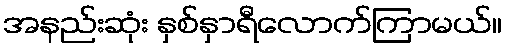
အနည်းဆုံး နှစ်နှာရီလောက်ကြာမယ်။